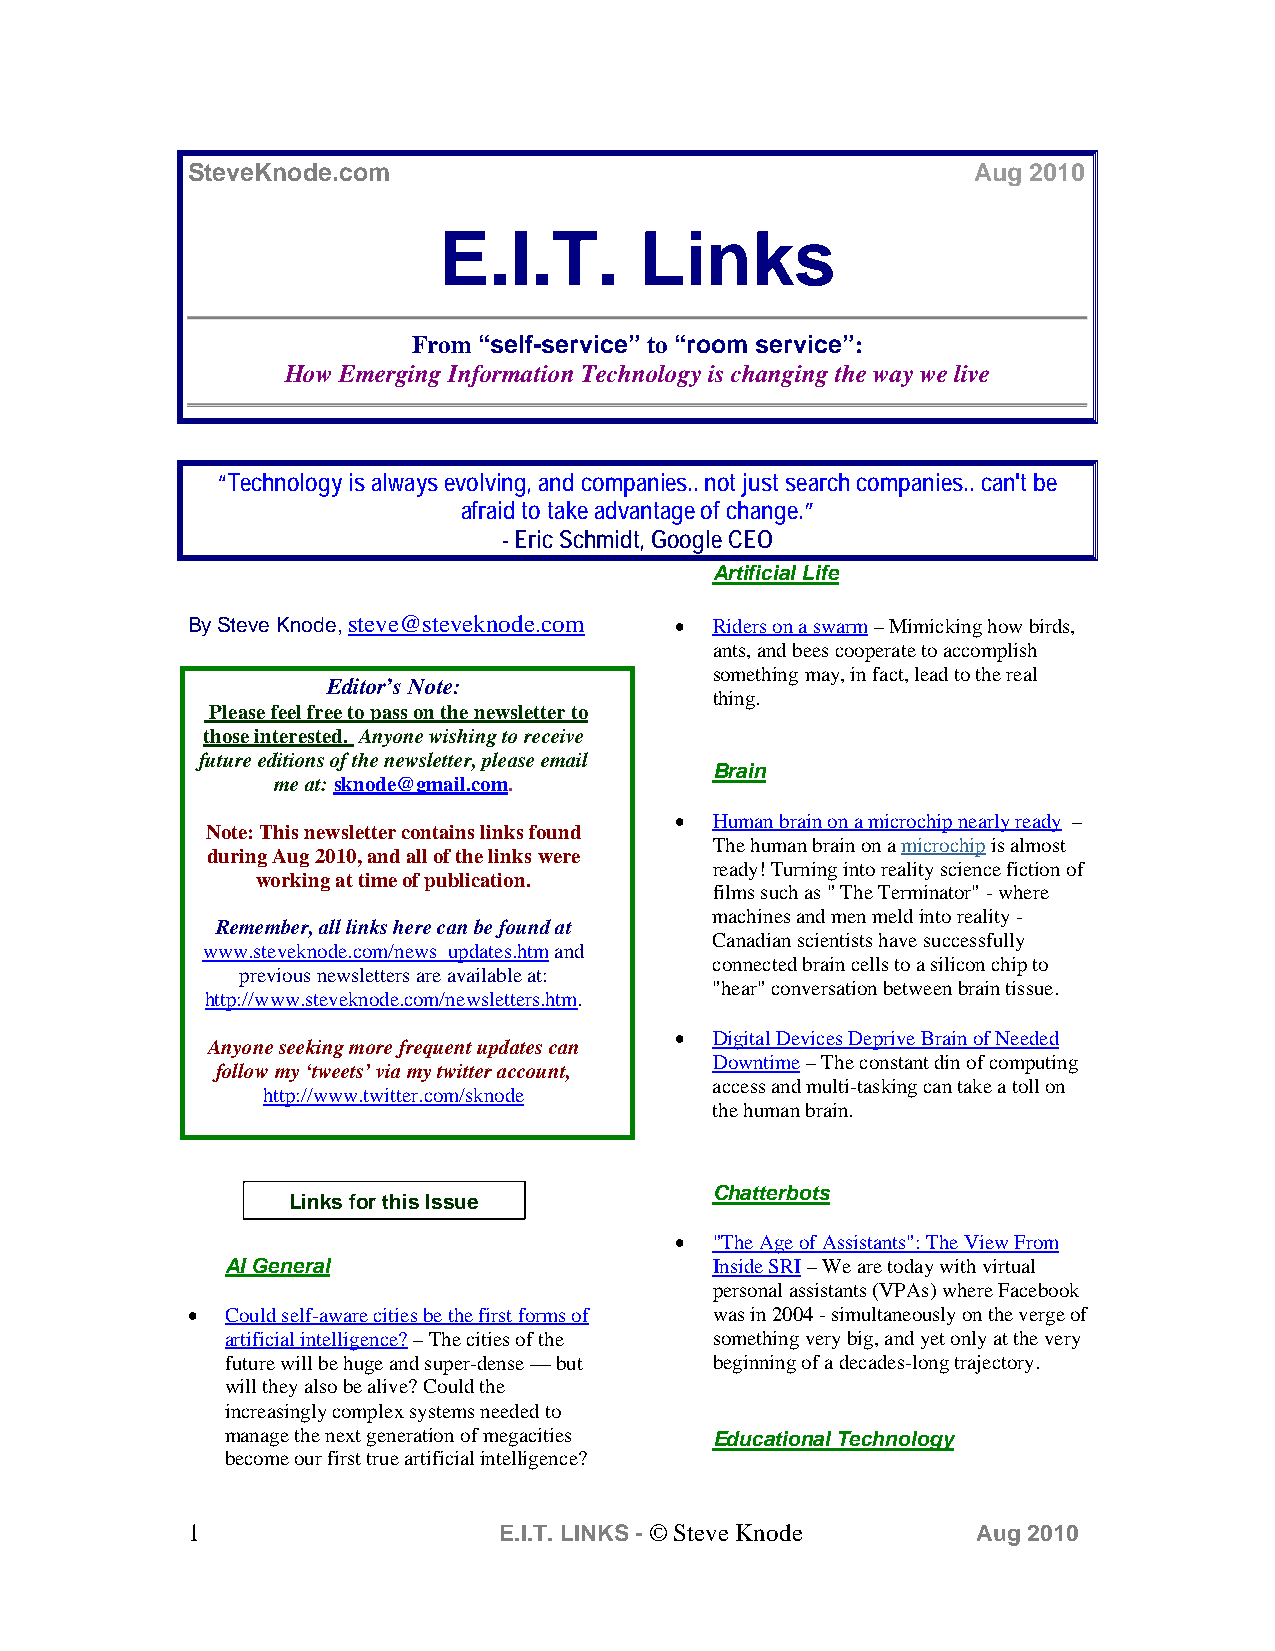
SteveKnode.com                                      Aug 2010
 E.I.T.       Links
 From “self-service” to “room service”:
 How Emerging Information Technology is changing the way we live
 “Technology is always evolving, and companies.. not just search companies.. can't be
 afraid to take advantage of change.”
 - Eric Schmidt, Google CEO
 Artificial Life
 By Steve Knode, steve@steveknode.com • Riders on a swarm – Mimicking how birds,
 ants, and bees cooperate to accomplish
 something may, in fact, lead to the real
 Editor’s Note:
 thing.
 Please feel free to pass on the newsletter to
 those interested. Anyone wishing to receive
 future editions of the newsletter, please email
 Brain
 me at: sknode@gmail.com.
 • Human brain on a microchip nearly ready –
 Note: This newsletter contains links found
 The human brain on a microchip is almost
 during Aug 2010, and all of the links were
 ready! Turning into reality science fiction of
 working at time of publication.
 films such as " The Terminator" - where
 machines and men meld into reality -
 Remember, all links here can be found at
 Canadian scientists have successfully
 www.steveknode.com/news_updates.htm and
 connected brain cells to a silicon chip to
 previous newsletters are available at:
 "hear" conversation between brain tissue.
 http://www.steveknode.com/newsletters.htm.
 • Digital Devices Deprive Brain of Needed
 Anyone seeking more frequent updates can
 Downtime – The constant din of computing
 follow my ‘tweets’ via my twitter account,
 access and multi-tasking can take a toll on
 http://www.twitter.com/sknode
 the human brain.
 Chatterbots
 Links for this Issue
 • "The Age of Assistants": The View From
 AI General                      Inside SRI – We are today with virtual
 personal assistants (VPAs) where Facebook
 •  Could self-aware cities be the first forms of was in 2004 - simultaneously on the verge of
 artificial intelligence? – The cities of the something very big, and yet only at the very
 future will be huge and super-dense — but beginning of a decades-long trajectory.
 will they also be alive? Could the
 increasingly complex systems needed to
 manage the next generation of megacities Educational Technology
 become our first true artificial intelligence?
 1                    E.I.T. LINKS - © Steve Knode    Aug 2010